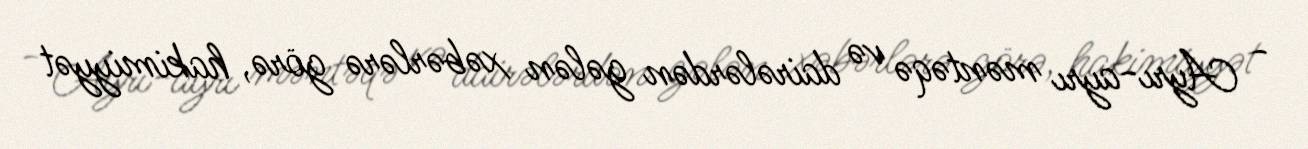
- Ayrı-ayrı məntəqə və dairələrdən gələn xəbərlərə görə, hakimiyyət